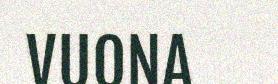
VUONA